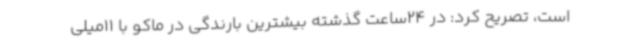
است، تصریح کرد: در 24ساعت گذشته بیشترین بارندگی در ماکو با 11میلی